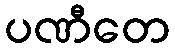
ပဏီတေ